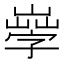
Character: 𡦙